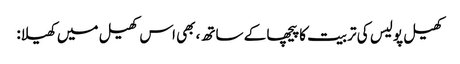
کھیل پولیس کی تربیت کا پیچھا کے ساتھ، بھی اس کھیل میں کھیلا: